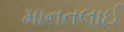
માનતલાઈ